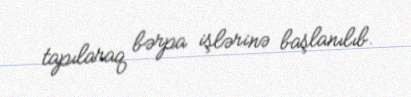
tapılaraq bərpa işlərinə başlanılıb.